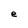
Character: e